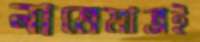
নামেমাত্রই